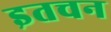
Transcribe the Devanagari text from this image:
इतचन